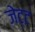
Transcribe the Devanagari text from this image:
जेट्ट